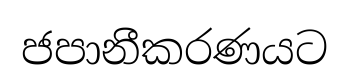
ජපානීකරණයට